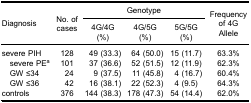
<table><thead><tr><td rowspan="3"><b>Diagnosis</b></td><td rowspan="3"><b>No. of cases</b></td><td colspan="3"><b>Genotype</b></td><td rowspan="3"><b>Frequency of 4GAllele</b></td></tr><tr><td><b>4G/4G (%)</b></td><td><b>4G/5G (%)</b></td><td><b>5G/5G (%)</b></td></tr></thead><tbody><tr><td>severe PIH</td><td>128</td><td>49 (33.3)</td><td>64 (50.0)</td><td>15 (11.7)</td><td>63.3%</td></tr><tr><td> severe PE<sup>a</sup></td><td>101</td><td>37 (36.6)</td><td>52 (51.5)</td><td>12 (11.9)</td><td>62.3%</td></tr><tr><td> GW ≤34</td><td>24</td><td>9 (37.5)</td><td>11 (45.8)</td><td>4 (16.7)</td><td>60.4%</td></tr><tr><td> GW ≤36</td><td>42</td><td>16 (38.1)</td><td>22 (52.3)</td><td>4 (9.5)</td><td>64.3%</td></tr><tr><td>controls</td><td>376</td><td>144 (38.3)</td><td>178 (47.3)</td><td>54 (14.4)</td><td>62.0%</td></tr></tbody></table>